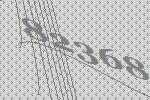
82368